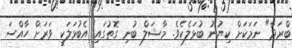
ބްރަދާ" ނަމަކަށް ކިޔުނު ބުޅަލެކެވެ. މާޝަލް ބުނި ގޮތުގައި އެބުޅަލަކީ ވަރަށް ހާއްސަ